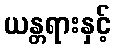
ယန္တရားနှင့်